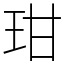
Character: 玵